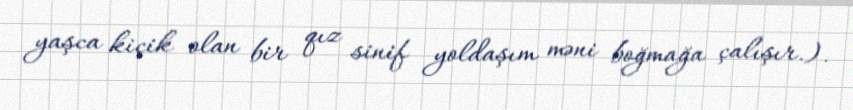
yaşca kiçik olan bir qız sinif yoldaşım məni boğmağa çalışır.).